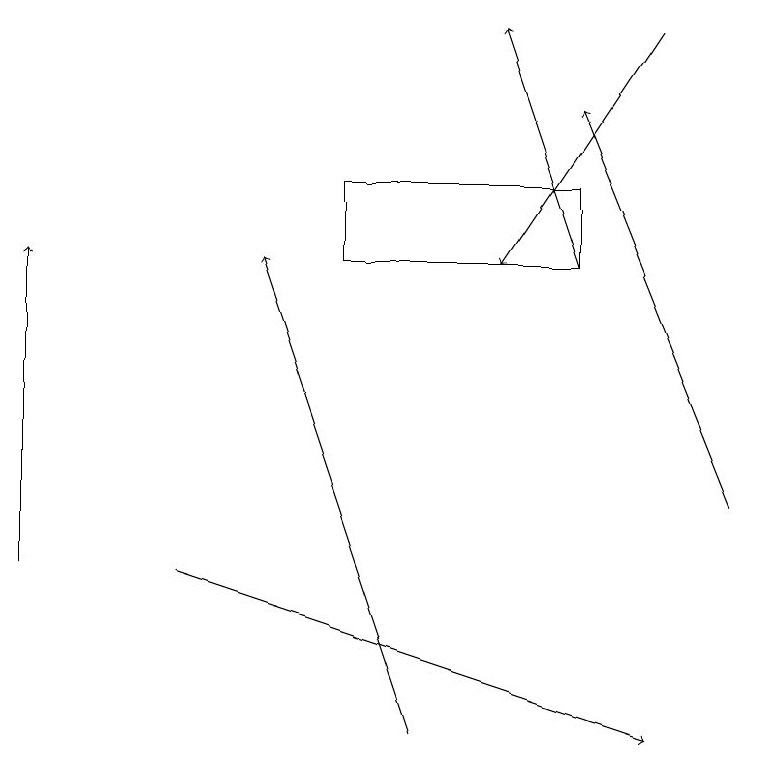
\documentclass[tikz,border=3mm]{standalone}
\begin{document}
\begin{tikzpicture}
\draw[->] (8,19) -- (6,16);
\draw[->] (5,10) -- (3,16);
\draw[->] (7,16) -- (6,19);
\draw[->] (9,13) -- (7,18);
\draw (7,16) rectangle (4,17);
\draw[->] (2,12) -- (8,10);
\draw[->] (0,12) -- (0,16);
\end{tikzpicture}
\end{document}